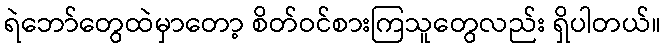
ရဲဘော်တွေထဲမှာတော့ စိတ်ဝင်စားကြသူတွေလည်း ရှိပါတယ်။